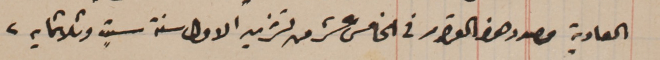
العادية مصدر هذا القرار في الخامس عشر من تشرين الاولى سنة ستٍ وثلاثماية.